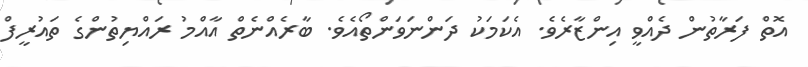
އޮތް ފަރާތުން ދެއްވީ އިންޒާރެވެ. އެކަމަކު ދަންނަވަންތޯއެވެ. ބާރެއްނެތް އާއްމު ރައްޔިތުންގެ ތައުރީފް